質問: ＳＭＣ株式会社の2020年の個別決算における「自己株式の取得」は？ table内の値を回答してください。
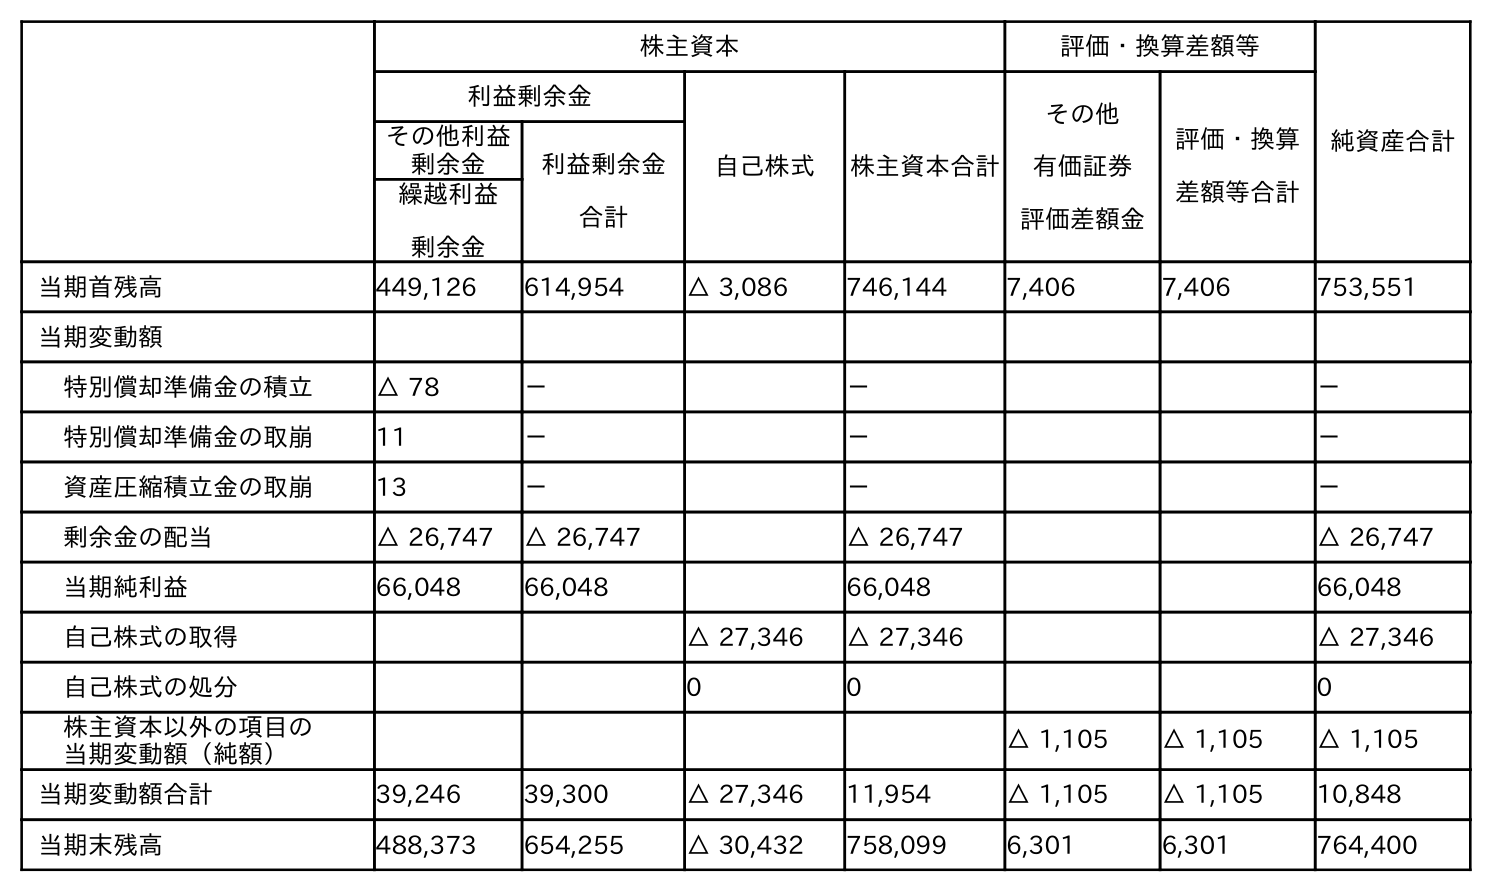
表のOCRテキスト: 株主資本 評価・換算差額等 純資産合計 利益剰余金 自己株式 株主資本合計 その他 有価証券 評価差額金 評価・換算 差額等合計 その他利益 剰余金 利益剰余金 合計 繰越利益 剰余金 当期首残高 449,126 614,954 △ 3,086 746,144 7,406 7,406 753,551 当期変動額 特別償却準備金の積立 △ 78 － － － 特別償却準備金の取崩 11 － － － 資産圧縮積立金の取崩 13 － － － 剰余金の配当 △ 26,747 △ 26,747 △ 26,747 △ 26,747 当期純利益 66,048 66,048 66,048 66,048 自己株式の取得 △ 27,346 △ 27,346 △ 27,346 自己株式の処分 0 0 0 株主資本以外の項目の 当期変動額（純額） △ 1,105 △ 1,105 △ 1,105 当期変動額合計 39,246 39,300 △ 27,346 11,954 △ 1,105 △ 1,105 10,848 当期末残高 488,373 654,255 △ 30,432 758,099 6,301 6,301 764,400
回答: △27,346